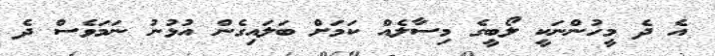
އެ ދެ މީހުންނަކީ ލޯބީގެ މިސާލެއް ކަމަށް ބަލައިގެން އުޅުނު ނަމަވެސް ދެ